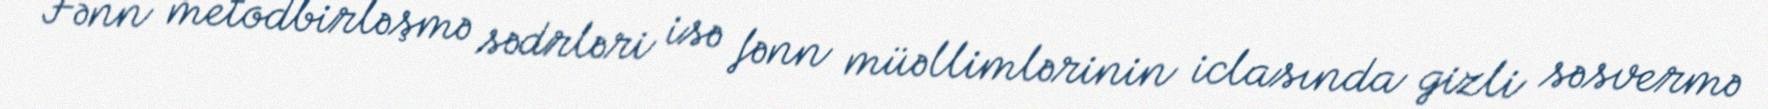
Fənn metodbirləşmə sədrləri isə fənn müəllimlərinin iclasında gizli səsvermə